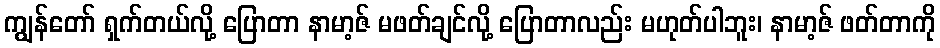
ကျွန်တော် ရှက်တယ်လို့ ပြောတာ နာမာ့ဇ် မဖတ်ချင်လို့ ပြောတာလည်း မဟုတ်ပါဘူး၊ နာမာ့ဇ် ဖတ်တာကို